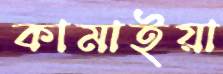
কামাইয়া